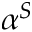
\alpha ^ { S }